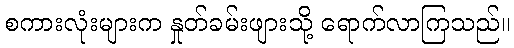
စကားလုံးများက နှုတ်ခမ်းဖျားသို့ ရောက်လာကြသည်။